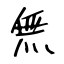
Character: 無